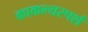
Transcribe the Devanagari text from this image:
काकल्यस्पर्श